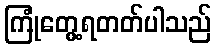
ကြုံတွေ့ရတတ်ပါသည်